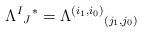
LaTeX: \begin{align*}\Lambda^I{}_J{}^*=\Lambda^{(i_1,i_0)}{}_{(j_1,j_0)}\end{align*}